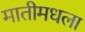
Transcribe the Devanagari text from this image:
मातीमधला